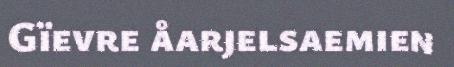
Gïevre åarjelsaemien